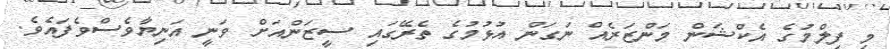
މި ފިލްމުގެ އެކްޝަން މަންޒަރެއް ނަގަން އުޅުމުގެ ތެރޭގައި ސީޒަންއަށް ވަނީ އަނިޔާވެސްވެފައެވެ.